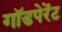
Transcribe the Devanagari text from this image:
गॉडपेरेंट